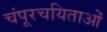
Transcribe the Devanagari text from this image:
चंपूरचयिताओं